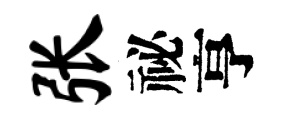
张祕亨